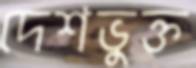
দেশভুক্ত